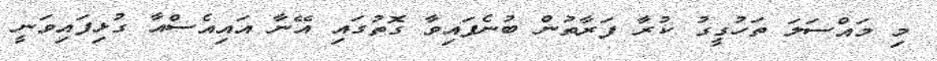
މި މައްސަލަ ތަހުގީގު ކުރާ ފަރާތުން ބުނެފައިވާ ގޮތުގައި އޭނާ އައިއެސްއާ ގުޅިފައިވަނީ